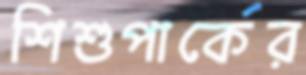
শিশুপার্কের